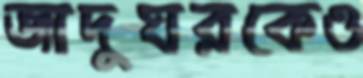
জাদুঘরকেও